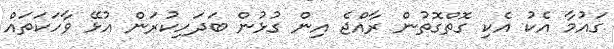
ގައުމާ އެކު އެކި ގޮތްގޮތުން ރާއްޖެ އިން ގުޅުން ބަދަހިކުރަން އުޅޭ ވާހަކަތައް